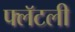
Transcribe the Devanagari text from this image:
फ्लॅटली